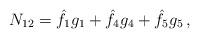
LaTeX: \begin{align*} N_{12}=\hat f_1g_1+\hat f_4 g_4+\hat f_5 g_5\,,\end{align*}